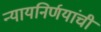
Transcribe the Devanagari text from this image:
न्यायनिर्णयांची